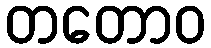
တတောဝ